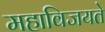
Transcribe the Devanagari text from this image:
महाविजयते